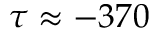
\tau \approx - 3 7 0